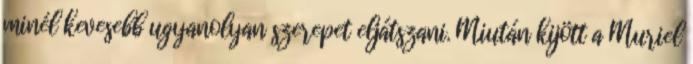
minél kevesebb ugyanolyan szerepet eljátszani. Miután kijött a Muriel